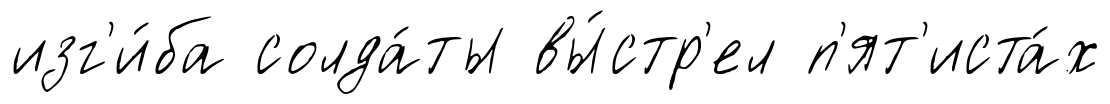
изг'и́ба солда́ты вы́стр'ел п'ят'иста́х